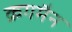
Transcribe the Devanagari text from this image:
क्रगमैन